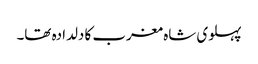
پہلوی شاہ مغرب کا دلدادہ تھا۔